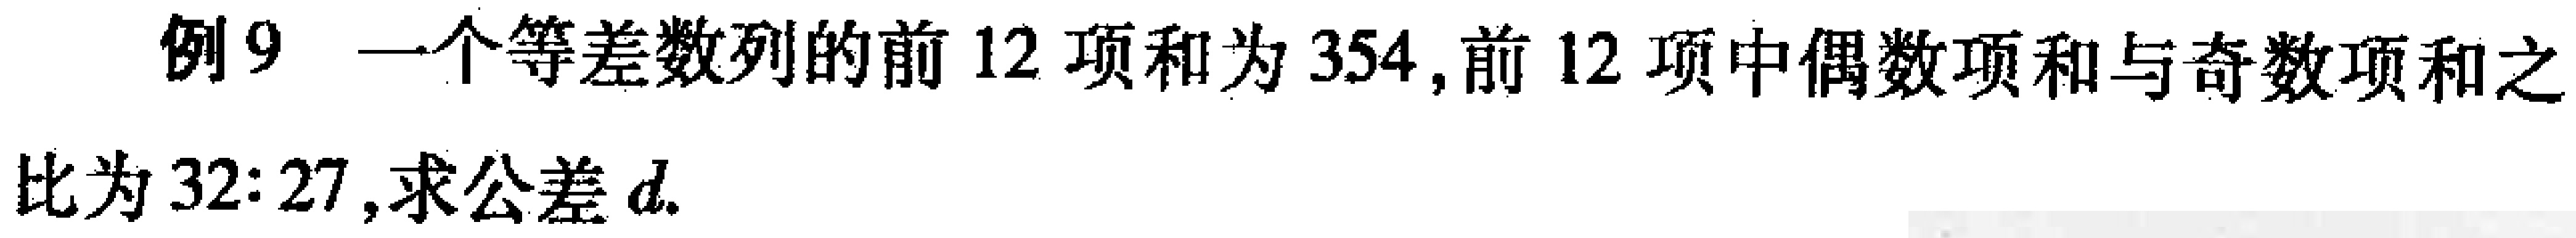
例9 一个等差数列的前12项和为354,前12项中偶数项和与奇数项和之比为32:27,求公差\(d\).